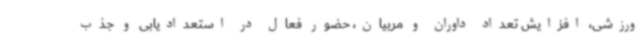
ورزشی، افزایش تعداد داوران و مربیان، حضور فعال در استعدادیابی و جذب